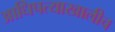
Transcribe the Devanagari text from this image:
आधिपत्याखालीच